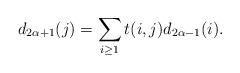
LaTeX: \begin{align*}d_{2\alpha+1}(j)=\sum_{i\ge 1}t(i,j)d_{2\alpha-1}(i).\end{align*}